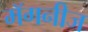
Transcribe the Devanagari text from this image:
मॅगनीज